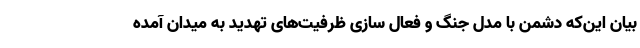
بیان این‌که دشمن با مدل جنگ و فعال سازی ظرفیت‌های تهدید به میدان آمده